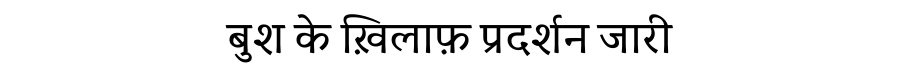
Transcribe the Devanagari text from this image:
बुश के ख़िलाफ़ प्रदर्शन जारी